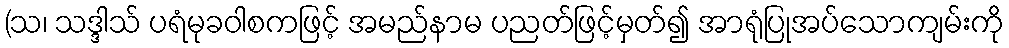
(သ၊ သဒ္ဒါသ် ပရံမုခဝါစကဖြင့် အမည်နာမ ပညတ်ဖြင့်မှတ်၍ အာရုံပြုအပ်သောကျမ်းကို